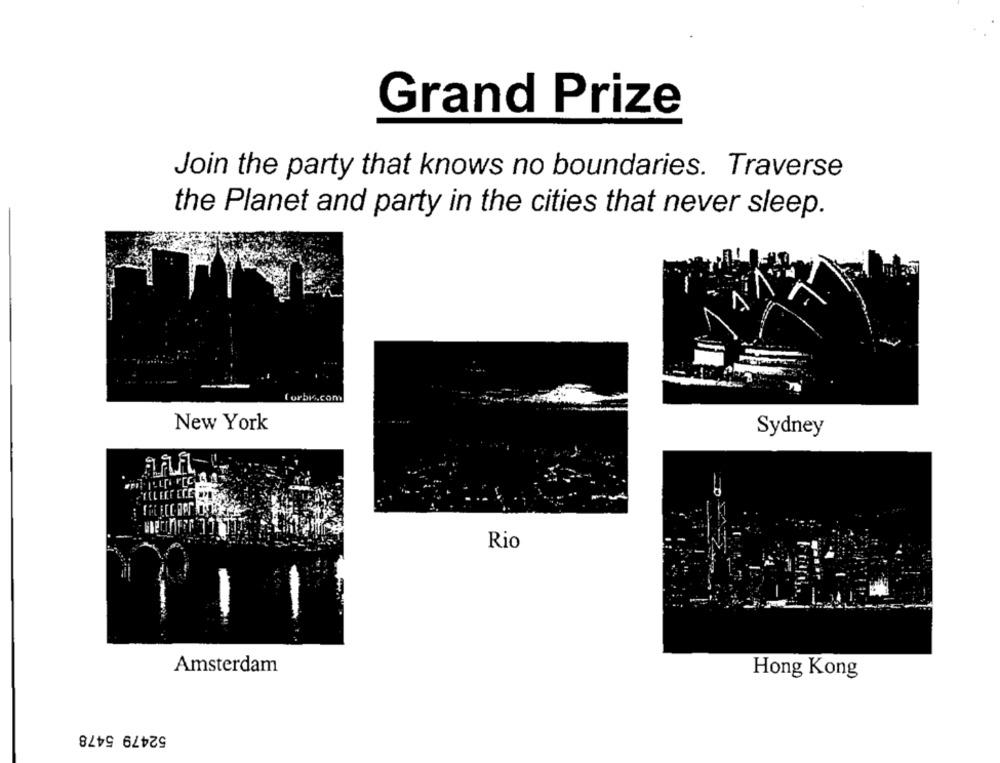
Grand Prize
Join the party that knows no boundaries. Traverse
the Planet and party in the cities that never sleep.
forbi.com
New York
Sydney
Rio
Amsterdam
Hong Kong
52479 5478